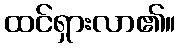
ထင်ရှားလာ၏။